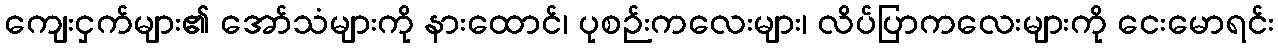
ကျေးငှက်များ၏ အော်သံများကို နားထောင်၊ ပုစဉ်းကလေးများ၊ လိပ်ပြာကလေးများကို ငေးမောရင်း